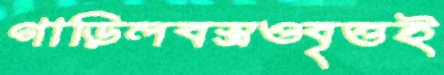
গাড়িলবস্ত্রওবৃত্তই